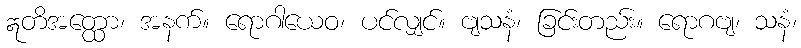
ဣတိအတ္ထော၊ အနက်။ ရောဂါယေဝ၊ ပင်လျှင်။ ဗျသနံ၊ ခြင်းတည်း။ ရောဂဗျ၊ သနံ၊